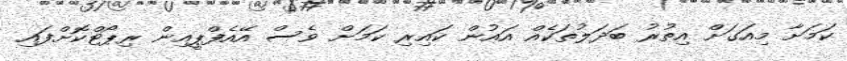
ކަމަށާ މިއަގަށް އިތުރު ބަދަލުތަކެއް އައުން ކައިރި ކަމަށް ވެސް އޭއެފްޕީއިން ރިޕޯޓްކޮށްފައި